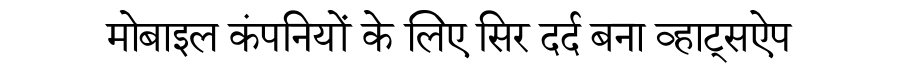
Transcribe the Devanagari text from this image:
मोबाइल कंपनियों के लिए सिर दर्द बना व्हाट्सऐप